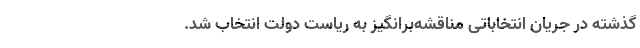
گذشته در جریان انتخاباتی مناقشه‌برانگیز به ریاست دولت انتخاب شد.